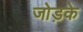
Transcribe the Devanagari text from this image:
जोड़के